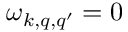
\omega _ { k , q , q ^ { \prime } } = 0